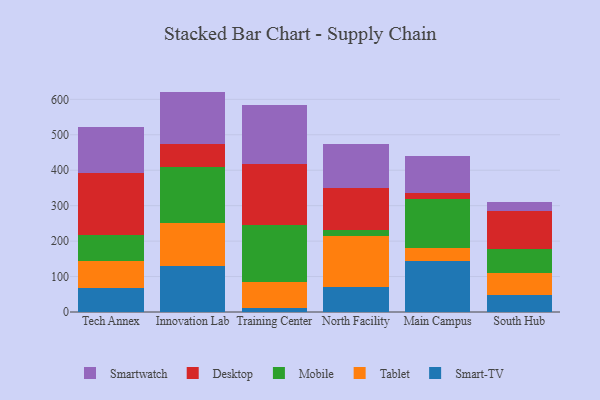
{"axis": {"x": "Campus", "y": "Temperature (°C)"}, "legend": ["Desktop", "Mobile", "Smart-TV", "Smartwatch", "Tablet"], "data": [{"x": "Tech Annex", "y": 68.7, "type": "Smart-TV"}, {"x": "Tech Annex", "y": 75.5, "type": "Tablet"}, {"x": "Tech Annex", "y": 72.5, "type": "Mobile"}, {"x": "Tech Annex", "y": 175.1, "type": "Desktop"}, {"x": "Tech Annex", "y": 130.0, "type": "Smartwatch"}, {"x": "Innovation Lab", "y": 129.7, "type": "Smart-TV"}, {"x": "Innovation Lab", "y": 120.0, "type": "Tablet"}, {"x": "Innovation Lab", "y": 158.0, "type": "Mobile"}, {"x": "Innovation Lab", "y": 65.6, "type": "Desktop"}, {"x": "Innovation Lab", "y": 148.5, "type": "Smartwatch"}, {"x": "Training Center", "y": 11.1, "type": "Smart-TV"}, {"x": "Training Center", "y": 73.7, "type": "Tablet"}, {"x": "Training Center", "y": 161.6, "type": "Mobile"}, {"x": "Training Center", "y": 171.6, "type": "Desktop"}, {"x": "Training Center", "y": 165.3, "type": "Smartwatch"}, {"x": "North Facility", "y": 69.5, "type": "Smart-TV"}, {"x": "North Facility", "y": 144.5, "type": "Tablet"}, {"x": "North Facility", "y": 16.5, "type": "Mobile"}, {"x": "North Facility", "y": 120.4, "type": "Desktop"}, {"x": "North Facility", "y": 122.9, "type": "Smartwatch"}, {"x": "Main Campus", "y": 143.5, "type": "Smart-TV"}, {"x": "Main Campus", "y": 35.9, "type": "Tablet"}, {"x": "Main Campus", "y": 138.9, "type": "Mobile"}, {"x": "Main Campus", "y": 17.8, "type": "Desktop"}, {"x": "Main Campus", "y": 104.4, "type": "Smartwatch"}, {"x": "South Hub", "y": 48.1, "type": "Smart-TV"}, {"x": "South Hub", "y": 61.8, "type": "Tablet"}, {"x": "South Hub", "y": 67.8, "type": "Mobile"}, {"x": "South Hub", "y": 106.3, "type": "Desktop"}, {"x": "South Hub", "y": 26.3, "type": "Smartwatch"}]}